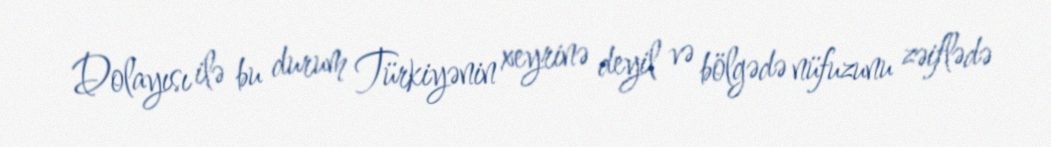
Dolayısı ilə bu durum Türkiyənin xeyrinə deyil və bölgədə nüfuzunu zəiflədə